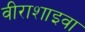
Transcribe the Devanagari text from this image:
वीराशाइवा